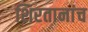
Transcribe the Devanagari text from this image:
शिरतानांच